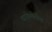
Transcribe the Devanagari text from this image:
व्यावेस्थेतील